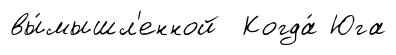
вы́мышл'енной Когда́ Юга